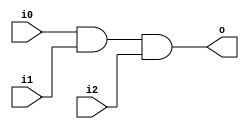
`timescale 1ns / 1ps
//////////////////////////////////////////////////////////////////////////////////
// Company: 
// Engineer: 
// 
// Design Name: 
// Module Name: and_3in
// Project Name: 
// Target Devices: 
// Tool Versions: 
// Description: 
// 
// Dependencies: 
// 
// Revision:
// Revision 0.01 - File Created
// Additional Comments:
// 
//////////////////////////////////////////////////////////////////////////////////


module and_3in (i0, i1, i2, o);
    input   wire    i0, i1, i2;
    output  wire    o;
    
    assign   o = i0 & i1 & i2;
endmodule